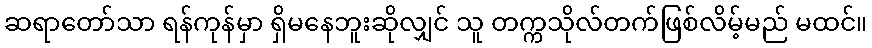
ဆရာတော်သာ ရန်ကုန်မှာ ရှိမနေဘူးဆိုလျှင် သူ တက္ကသိုလ်တက်ဖြစ်လိမ့်မည် မထင်။